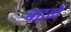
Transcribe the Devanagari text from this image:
बढ़़ने